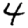
Digit: 4